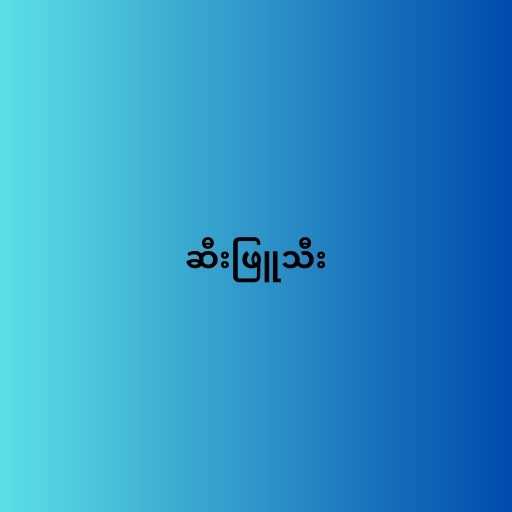
ဆီးဖြူသီး